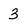
Character: 3